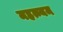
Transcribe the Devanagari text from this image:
महत्म्यम